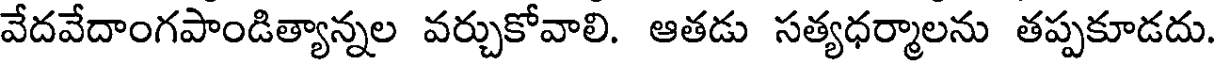
వేదవేదాంగపాండిత్యాన్నల వర్చుకోవాలి. ఆతడు సత్యధర్మాలను తప్పకూడదు.